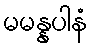
မမန္နပါနံ